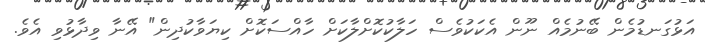
އަޅުގަނޑުމެން ބޭނުމެއް ނޫން އެކަކުވެސް ހަލާކުކޮށްލާކަށް ހާއްސަކޮށް ކިޔަވާކުދިން" އޭނާ ވިދާޅުވި އެވެ.